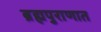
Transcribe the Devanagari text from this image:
ब्रह्मपुराणात